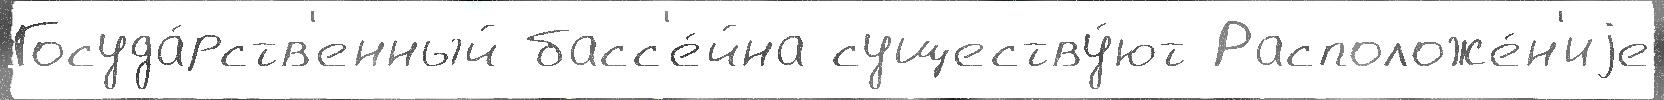
Госуда́рств'енный басс'е́йна существу́ют Расположе́н'иjе